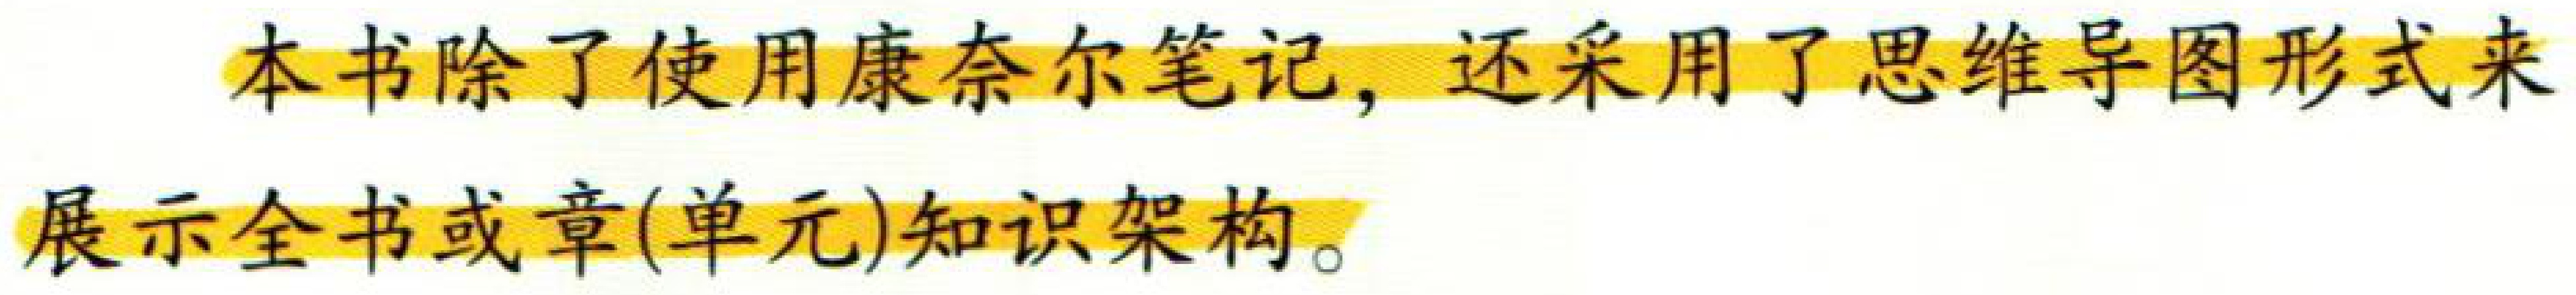
本书除了使用康奈尔笔记，还采用了思维导图形式来展示全书或章(单元)知识架构。